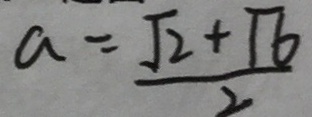
a = \frac { \sqrt { 2 } + \sqrt { 6 } } { 2 }